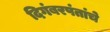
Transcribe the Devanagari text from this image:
दिगंबरपंतांचे